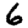
Digit: 6